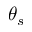
\theta _ { s }